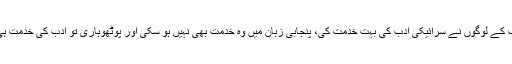
جنوبی پنجاب کے لوگوں نے سرائیکی ادب کی بہت خدمت کی، پنجابی زبان میں وہ خدمت بھی نہیں ہو سکی اور پوٹھوہاری تو ادب کی خدمت ہی بھول گئے۔